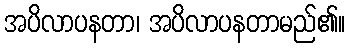
အပိလာပနတာ၊ အပိလာပနတာမည်၏။